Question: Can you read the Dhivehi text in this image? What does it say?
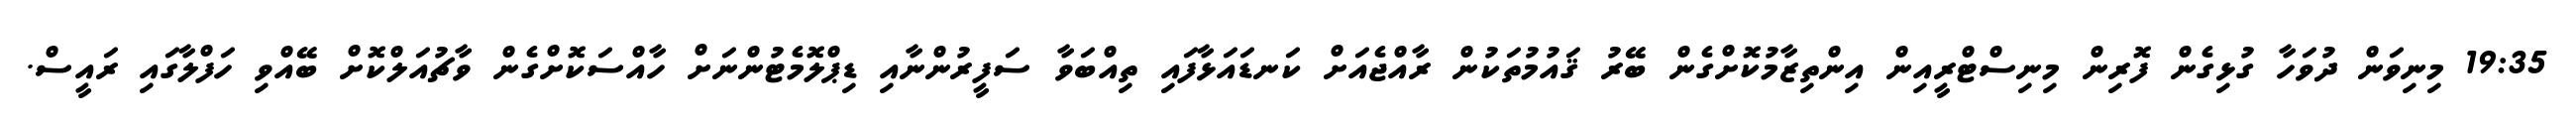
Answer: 19:35 މިނިވަން ދުވަހާ ގުޅިގެން ފޮރިން މިނިސްޓްރީއިން އިންތިޒާމުކޮށްގެން ބޭރު ޤައުމުތަކުން ރާއްޖެއަށް ކަނޑައަޅާފައި ތިއްބަވާ ސަފީރުންނާއި ޑިޕްލޮމެޓުންނަށް ހާއްސަކޮށްގެން ވާޗުއަލްކޮށް ބޭއްވި ހަފްލާގައި ރައީސް.